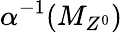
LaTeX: \alpha^{-1}(M_{Z^{0}})